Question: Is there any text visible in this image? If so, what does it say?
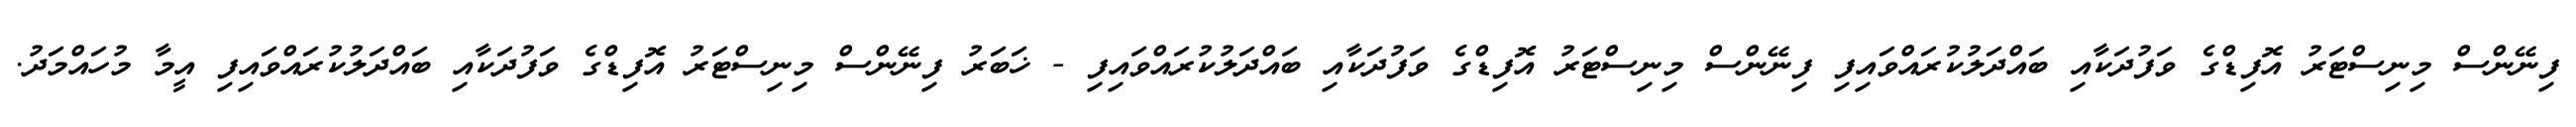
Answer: ފިނޭންސް މިނިސްޓަރު އޮފިޑްގެ ވަފުދަކާއި ބައްދަލުކުރައްވައިފި ފިނޭންސް މިނިސްޓަރު އޮފިޑްގެ ވަފުދަކާއި ބައްދަލުކުރައްވައިފި - ޚަބަރު ފިނޭންސް މިނިސްޓަރު އޮފިޑްގެ ވަފުދަކާއި ބައްދަލުކުރައްވައިފި އީމާ މުހައްމަދު.